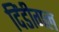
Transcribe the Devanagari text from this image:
दिंडीगल